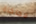
محاكاة